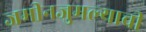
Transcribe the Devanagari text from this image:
जमीनजुमल्याची